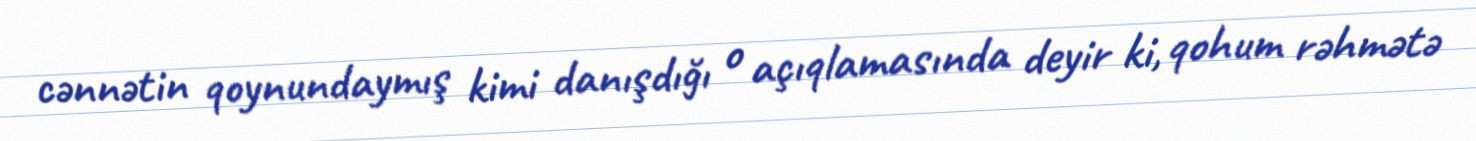
cənnətin qoynundaymış kimi danışdığı o açıqlamasında deyir ki, qohum rəhmətə